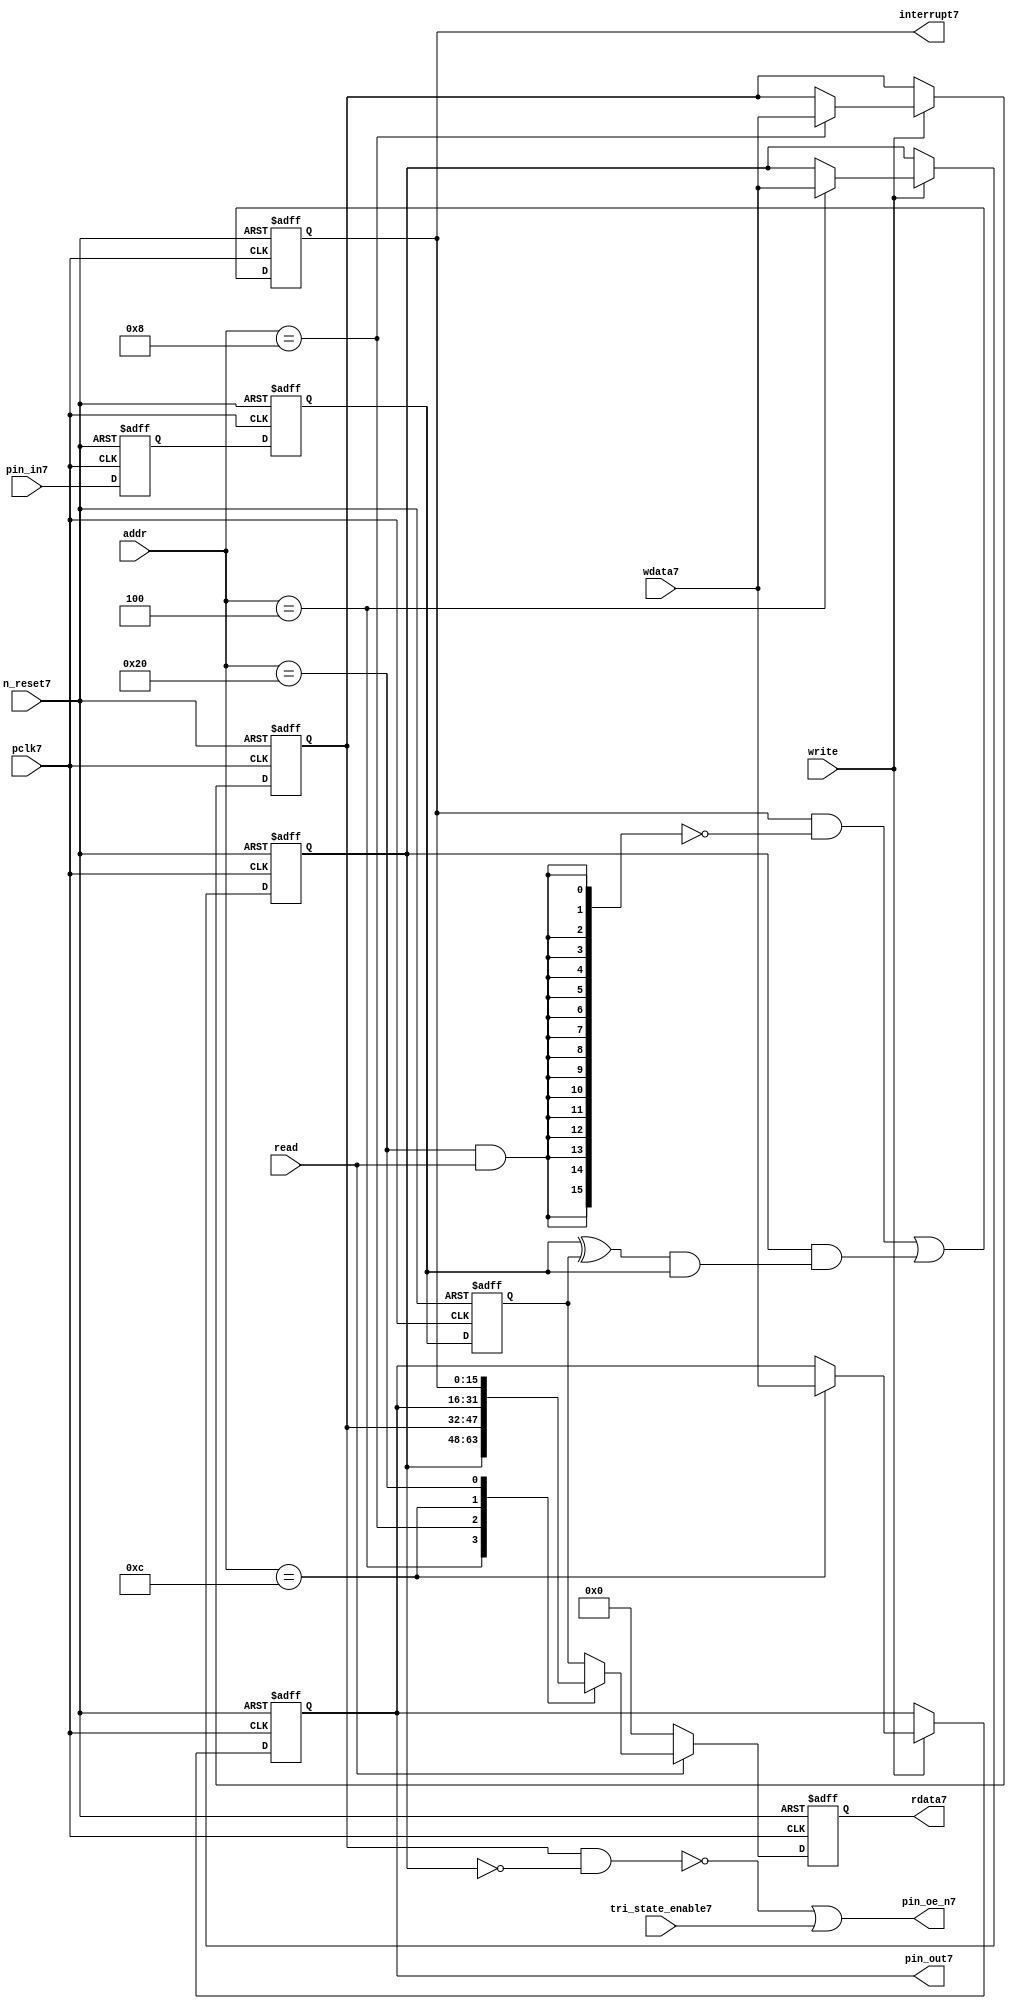
//File7 name   : gpio_lite_subunit7.v
//Title7       : 
//Created7     : 1999
//Description7 : Parametrised7 GPIO7 pin7 circuits7
//Notes7       : 
//----------------------------------------------------------------------
//   Copyright7 1999-2010 Cadence7 Design7 Systems7, Inc7.
//   All Rights7 Reserved7 Worldwide7
//
//   Licensed7 under the Apache7 License7, Version7 2.0 (the
//   "License7"); you may not use this file except7 in
//   compliance7 with the License7.  You may obtain7 a copy of
//   the License7 at
//
//       http7://www7.apache7.org7/licenses7/LICENSE7-2.0
//
//   Unless7 required7 by applicable7 law7 or agreed7 to in
//   writing, software7 distributed7 under the License7 is
//   distributed7 on an "AS7 IS7" BASIS7, WITHOUT7 WARRANTIES7 OR7
//   CONDITIONS7 OF7 ANY7 KIND7, either7 express7 or implied7.  See
//   the License7 for the specific7 language7 governing7
//   permissions7 and limitations7 under the License7.
//----------------------------------------------------------------------


module gpio_lite_subunit7(
  //Inputs7

  n_reset7,
  pclk7,

  read,
  write,
  addr,

  wdata7,
  pin_in7,

  tri_state_enable7,

  //Outputs7
 
  interrupt7,

  rdata7,
  pin_oe_n7,
  pin_out7

);
 
   // Inputs7
   
   // Clocks7   
   input n_reset7;            // asynch7 reset, active low7
   input pclk7;               // Ppclk7

   // Controls7
   input read;               // select7 GPIO7 read
   input write;              // select7 GPIO7 write
   input [5:0] 
         addr;               // address bus of selected master7

   // Dataflow7
   input [15:0]
         wdata7;              // GPIO7 Input7
   input [15:0]
         pin_in7;             // input data from pin7

   //Design7 for Test7 Inputs7
   input [15:0]
         tri_state_enable7;   // disables7 op enable -> Z7




   
   // Outputs7
   
   // Controls7
   output [15:0]
          interrupt7;         // interupt7 for input pin7 change

   // Dataflow7
   output [15:0]
          rdata7;             // GPIO7 Output7
   output [15:0]
          pin_oe_n7;          // output enable signal7 to pin7
   output [15:0]
          pin_out7;           // output signal7 to pin7
   



   
   // Registers7 in module

   //Define7 Physical7 registers in amba_unit7
   reg    [15:0]
          direction_mode7;     // 1=Input7 0=Output7              RW
   reg    [15:0]
          output_enable7;      // Output7 active                 RW
   reg    [15:0]
          output_value7;       // Value outputed7 from reg       RW
   reg    [15:0]
          input_value7;        // Value input from bus          R
   reg    [15:0]
          int_status7;         // Interrupt7 status              R

   // registers to remove metastability7
   reg    [15:0]
          s_synch7;            //stage_two7
   reg    [15:0]
          s_synch_two7;        //stage_one7 - to ext pin7
   
   
    
          
   // Registers7 for outputs7
   reg    [15:0]
          rdata7;              // prdata7 reg
   wire   [15:0]
          pin_oe_n7;           // gpio7 output enable
   wire   [15:0]
          pin_out7;            // gpio7 output value
   wire   [15:0]
          interrupt7;          // gpio7 interrupt7
   wire   [15:0]
          interrupt_trigger7;  // 1 sets7 interrupt7 status
   reg    [15:0]
          status_clear7;       // 1 clears7 interrupt7 status
   wire   [15:0]
          int_event7;          // 1 detects7 an interrupt7 event

   integer ia7;                // loop variable
   


   // address decodes7
   wire   ad_direction_mode7;  // 1=Input7 0=Output7              RW
   wire   ad_output_enable7;   // Output7 active                 RW
   wire   ad_output_value7;    // Value outputed7 from reg       RW
   wire   ad_int_status7;      // Interrupt7 status              R
   
//Register addresses7
//If7 modifying7 the APB7 address (PADDR7) width change the following7 bit widths7
parameter GPR_DIRECTION_MODE7   = 6'h04;       // set pin7 to either7 I7 or O7
parameter GPR_OUTPUT_ENABLE7    = 6'h08;       // contains7 oe7 control7 value
parameter GPR_OUTPUT_VALUE7     = 6'h0C;       // output value to be driven7
parameter GPR_INPUT_VALUE7      = 6'h10;       // gpio7 input value reg
parameter GPR_INT_STATUS7       = 6'h20;       // Interrupt7 status register

//Reset7 Values7
//If7 modifying7 the GPIO7 width change the following7 bit widths7
//parameter GPRV_RSRVD7            = 32'h0000_0000; // Reserved7
parameter GPRV_DIRECTION_MODE7  = 32'h00000000; // Default to output mode
parameter GPRV_OUTPUT_ENABLE7   = 32'h00000000; // Default 3 stated7 outs7
parameter GPRV_OUTPUT_VALUE7    = 32'h00000000; // Default to be driven7
parameter GPRV_INPUT_VALUE7     = 32'h00000000; // Read defaults7 to zero
parameter GPRV_INT_STATUS7      = 32'h00000000; // Int7 status cleared7



   //assign ad_bypass_mode7    = ( addr == GPR_BYPASS_MODE7 );   
   assign ad_direction_mode7 = ( addr == GPR_DIRECTION_MODE7 );   
   assign ad_output_enable7  = ( addr == GPR_OUTPUT_ENABLE7 );   
   assign ad_output_value7   = ( addr == GPR_OUTPUT_VALUE7 );   
   assign ad_int_status7     = ( addr == GPR_INT_STATUS7 );   

   // assignments7
   
   assign interrupt7         = ( int_status7);

   assign interrupt_trigger7 = ( direction_mode7 & int_event7 ); 

   assign int_event7 = ((s_synch7 ^ input_value7) & ((s_synch7)));

   always @( ad_int_status7 or read )
   begin : p_status_clear7

     for ( ia7 = 0; ia7 < 16; ia7 = ia7 + 1 )
     begin

       status_clear7[ia7] = ( ad_int_status7 & read );

     end // for ia7

   end // p_status_clear7

   // p_write_register7 : clocked7 / asynchronous7
   //
   // this section7 contains7 all the code7 to write registers

   always @(posedge pclk7 or negedge n_reset7)
   begin : p_write_register7

      if (~n_reset7)
      
       begin
         direction_mode7  <= GPRV_DIRECTION_MODE7;
         output_enable7   <= GPRV_OUTPUT_ENABLE7;
         output_value7    <= GPRV_OUTPUT_VALUE7;
       end
      
      else 
      
       begin
      
         if (write == 1'b1) // Write value to registers
      
          begin
              
            // Write Mode7
         
            if ( ad_direction_mode7 ) 
               direction_mode7 <= wdata7;
 
            if ( ad_output_enable7 ) 
               output_enable7  <= wdata7;
     
            if ( ad_output_value7 )
               output_value7   <= wdata7;

              

           end // if write
         
       end // else: ~if(~n_reset7)
      
   end // block: p_write_register7



   // p_metastable7 : clocked7 / asynchronous7 
   //
   // This7 process  acts7 to remove  metastability7 propagation
   // Only7 for input to GPIO7
   // In Bypass7 mode pin_in7 passes7 straight7 through

   always @(posedge pclk7 or negedge n_reset7)
      
   begin : p_metastable7
      
      if (~n_reset7)
        begin
         
         s_synch7       <= {16 {1'b0}};
         s_synch_two7   <= {16 {1'b0}};
         input_value7   <= GPRV_INPUT_VALUE7;
         
        end // if (~n_reset7)
      
      else         
        begin
         
         input_value7   <= s_synch7;
         s_synch7       <= s_synch_two7;
         s_synch_two7   <= pin_in7;

        end // else: ~if(~n_reset7)
      
   end // block: p_metastable7


   // p_interrupt7 : clocked7 / asynchronous7 
   //
   // These7 lines7 set and clear the interrupt7 status

   always @(posedge pclk7 or negedge n_reset7)
   begin : p_interrupt7
      
      if (~n_reset7)
         int_status7      <= GPRV_INT_STATUS7;
      
      else 
         int_status7      <= ( int_status7 & ~(status_clear7) // read & clear
                            ) |
                            interrupt_trigger7;             // new interrupt7
        
   end // block: p_interrupt7
   
   
   // p_read_register7  : clocked7 / asynchronous7 
   //
   // this process registers the output values

   always @(posedge pclk7 or negedge n_reset7)

      begin : p_read_register7
         
         if (~n_reset7)
         
           begin

            rdata7 <= {16 {1'b0}};

           end
           
         else //if not reset
         
           begin
         
            if (read == 1'b1)
            
              begin
            
               case (addr)
            
                  
                  GPR_DIRECTION_MODE7:
                     rdata7 <= direction_mode7;
                  
                  GPR_OUTPUT_ENABLE7:
                     rdata7 <= output_enable7;
                  
                  GPR_OUTPUT_VALUE7:
                     rdata7 <= output_value7;
                  
                  GPR_INT_STATUS7:
                     rdata7 <= int_status7;
                  
                  default: // if GPR_INPUT_VALUE7 or unmapped reg addr
                     rdata7 <= input_value7;
            
               endcase
            
              end //end if read
            
            else //in not read
            
              begin // if not a valid read access, keep7 '0'-s 
              
               rdata7 <= {16 {1'b0}};
              
              end //end if not read
              
           end //end else if not reset

      end // p_read_register7


   assign pin_out7 = 
        ( output_value7 ) ;
     
   assign pin_oe_n7 = 
      ( ( ~(output_enable7 & ~(direction_mode7)) ) |
        tri_state_enable7 ) ;

                
  
endmodule // gpio_subunit7